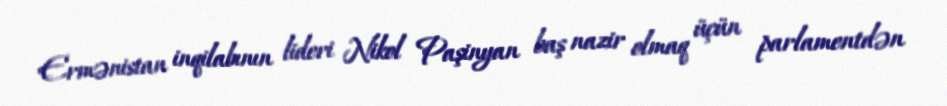
Ermənistan inqilabının lideri Nikol Paşinyan baş nazir olmaq üçün parlamentdən